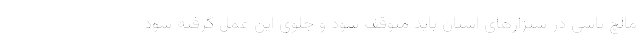
مالچ پاشی در شنزارهای استان باید متوقف شود و جلوی این عمل گرفته شود